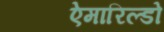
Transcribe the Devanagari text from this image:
ऐमारिल्डो